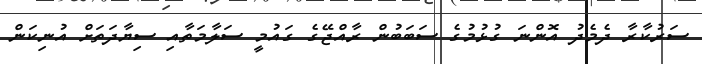
ސަރުކާރާ ދެމެދު އޮންނަ ގުޅުމުގެ ސަބަބުން ރާއްޖޭގެ ގައުމީ ސަލާމަތާއި ސިޔާދަތަށް އުނިކަން